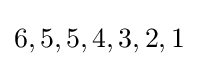
6,5,5,4,3,2,1